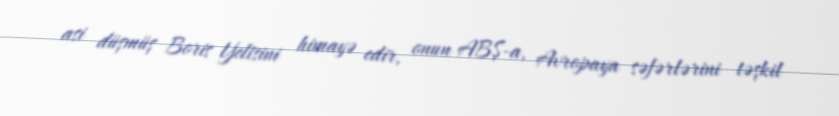
asi düşmüş Boris Yeltsini himayə edir, onun ABŞ-a, Avropaya səfərlərini təşkil